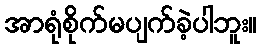
အာရုံစိုက်မပျက်ခဲ့ပါဘူး။